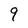
Character: 9